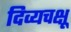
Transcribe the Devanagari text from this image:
दिव्यचक्षू